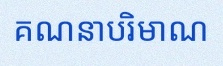
គណនាបរិមាណ